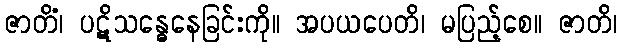
ဇာတိံ၊ ပဋိသန္ဓေနေခြင်းကို။ အပယပေတိ၊ မပြည့်စေ။ ဇာတိ၊